Civil Veterinary Department Bihar & Orissa reports 1929-36 - 1929-1936
Year: 1929
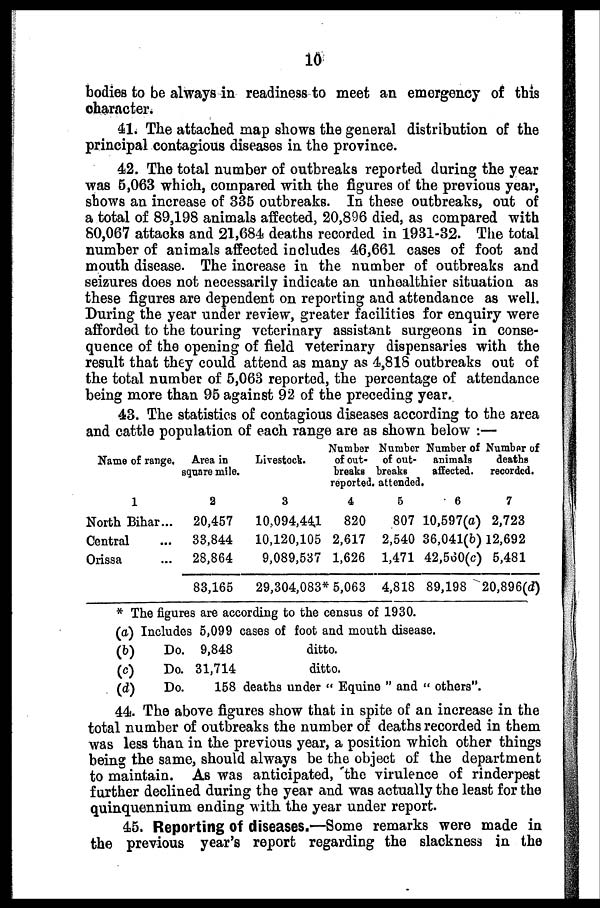
10
bodies to be always in readiness to meet an emergency of this
character.
41. The attached map shows the general distribution of the
principal contagious diseases in the province.
42. The total number of outbreaks reported during the year
was 5,063 which, compared with the figures of the previous year,
shows an increase of 335 outbreaks. In these outbreaks, out of
a total of 89,198 animals affected, 20,896 died, as compared with
80,067 attacks and 21,684 deaths recorded in 1931-32. The total
number of animals affected includes 46,661 cases of foot and
mouth disease. The increase in the number of outbreaks and
seizures does not necessarily indicate an unhealthier situation as
these figures are dependent on reporting and attendance as well.
During the year under review, greater facilities for enquiry were
afforded to the touring veterinary assistant surgeons in conse-
quence of the opening of field veterinary dispensaries with the
result that they could attend as many as 4,818 outbreaks out of
the total number of 5,063 reported, the percentage of attendance
being more than 95 against 92 of the preceding year.
43. The statistics of contagious diseases according to the area
and cattle population of each range are as shown below :—
Name of range.
1
North Bihar...
Central ...
Orissa ...
Area in
square mile.
2
20,457
33,844
28,864
83,165
Livestock.
3
10,094,441
10,120,105
9,089,537
29,304,083*
Number
of out-
breaks
reported.
4
820
2,617
1,626
5,063
Number
of out-
breaks
attended.
5
807
2,540
1,471
4,818
Number of
animals
affected.
6
10,597(a)
36,041(b)
42,560(c)
89,198 2
Number of
deaths
recorded.
7
2,723
12,692
5,481
20,896(d)
* The figures are according to the census of 1930.
(a) Includes 5,099 cases of foot and mouth disease.
(b) Do. 9,848 ditto.
(c) Do. 31,714 ditto.
(d)
Do.
158 deaths under " Equine " and " others".
44. The above figures show that in spite of an increase in the
total number of outbreaks the number of deaths recorded in them
was less than in the previous year, a position which other things
being the same, should always be the object of the department
to maintain. As was anticipated, the virulence of rinderpest
further declined during the year and was actually the least for the
quinquennium ending with the year under report.
45. Reporting of diseases.—Some remarks were made in
the previous year's report regarding the slackness in the